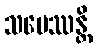
သမေဿန္တိ